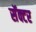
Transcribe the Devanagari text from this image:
सॅक्टर